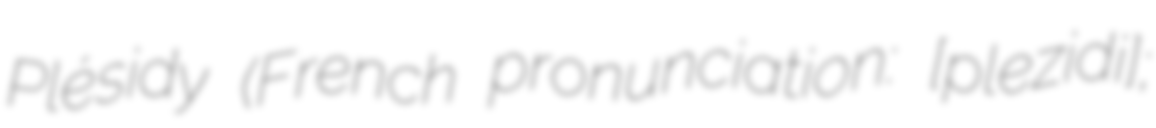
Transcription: Plésidy (French pronunciation: ​[plezidi];